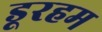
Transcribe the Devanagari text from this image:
डूरहम